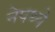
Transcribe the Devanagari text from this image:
नेपथ्ये